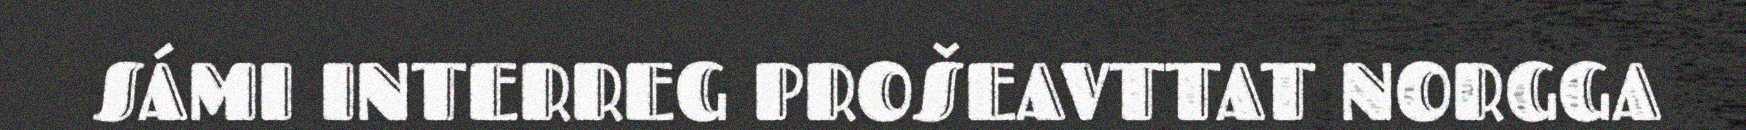
SÁMI INTERREG PROŠEAVTTAT NORGGA